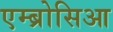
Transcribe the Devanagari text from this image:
एम्ब्रोसिआ